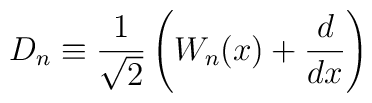
D_n\equiv\frac{1}{\sqrt{2}}\left(W_n(x)+\frac{d}{dx}\right)